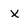
Character: X